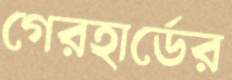
গেরহার্ডের